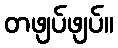
တဖျပ်ဖျပ်။